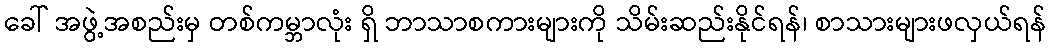
ခေါ် အဖွဲ့အစည်းမှ တစ်ကမ္ဘာလုံး ရှိ ဘာသာစကားများကို သိမ်းဆည်းနိုင်ရန်၊ စာသားများဖလှယ်ရန်